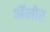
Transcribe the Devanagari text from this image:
अॅमोर